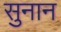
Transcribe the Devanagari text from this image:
सुनान